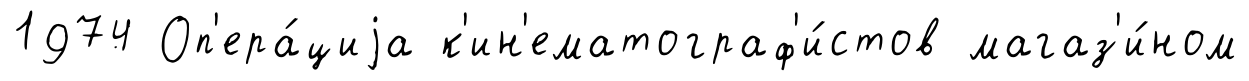
1974 Оп'ера́циjа к'ин'ематограф'и́стов магаз'и́ном